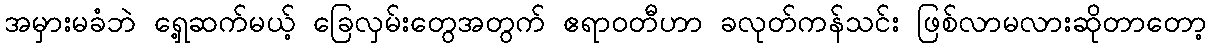
အမှားမခံဘဲ ရှေ့ဆက်မယ့် ခြေလှမ်းတွေအတွက် ဧရာဝတီဟာ ခလုတ်ကန်သင်း ဖြစ်လာမလားဆိုတာတော့